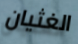
الغثيان